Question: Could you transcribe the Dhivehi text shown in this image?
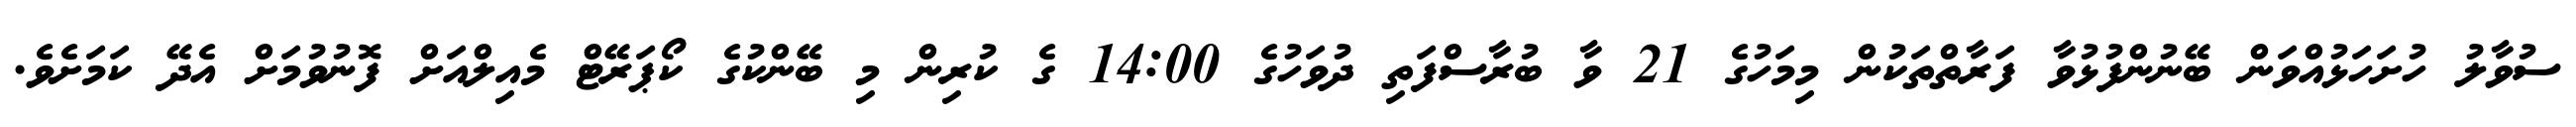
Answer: ސުވާލު ހުށަހަޅުއްވަން ބޭނުންފުޅުވާ ފަރާތްތަކުން މިމަހުގެ 21 ވާ ބުރާސްފަތި ދުވަހުގެ 14:00 ގެ ކުރިން މި ބޭންކުގެ ކޯޕަރޭޓް މެއިލްއަށް ފޮނުވުމަށް އެދޭ ކަމަށެވެ.